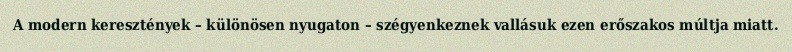
A modern keresztények – különösen nyugaton – szégyenkeznek vallásuk ezen erőszakos múltja miatt.